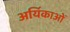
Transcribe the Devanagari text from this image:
अर्यिकाओं